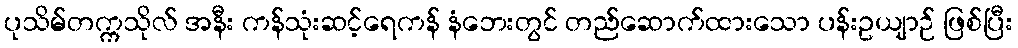
ပုသိမ်တက္ကသိုလ် အနီး ကန်သုံးဆင့်ရေကန် နံဘေးတွင် တည်ဆောက်ထားသော ပန်းဥယျာဉ် ဖြစ်ပြီး